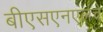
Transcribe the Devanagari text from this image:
बीएसएनएलचे